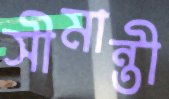
সীমান্তী